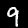
Digit: 9